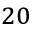
^ { 2 0 }